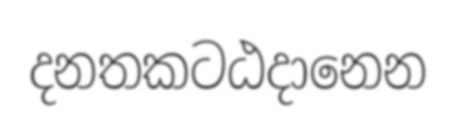
දනතකටඨදානෙන